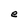
Character: e